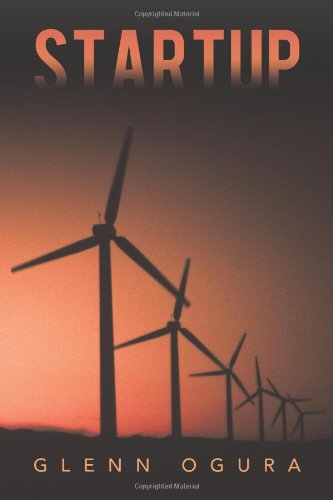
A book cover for Startup; Glenn Ogura; Mystery, Thriller & Suspense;